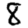
Digit: 8